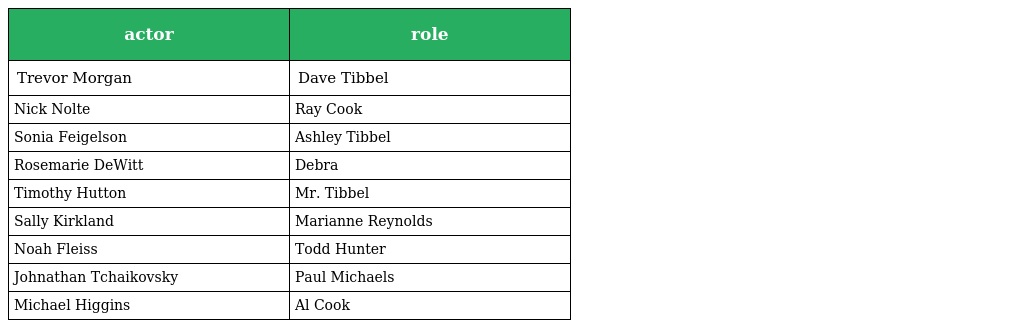
| actor | role |
 | --- | --- |
 | Trevor Morgan | Dave Tibbel |
 | Nick Nolte | Ray Cook |
 | Sonia Feigelson | Ashley Tibbel |
 | Rosemarie DeWitt | Debra |
 | Timothy Hutton | Mr. Tibbel |
 | Sally Kirkland | Marianne Reynolds |
 | Noah Fleiss | Todd Hunter |
 | Johnathan Tchaikovsky | Paul Michaels |
 | Michael Higgins | Al Cook |